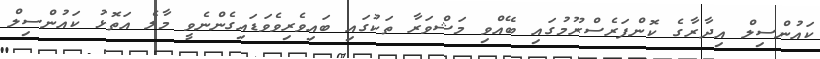
ކައުންސިލް އިދާރާގެ ކޮންފަރެސްރޫމުގައި ބޭއްވި މަޝްވަރާ ތަކުގައި ބައިވެރިވެވަޑައިގެންނެވީ މާލެ އަތޮޅު ކައުންސިލް